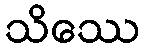
သိဿေ